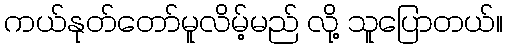
ကယ်နုတ်တော်မူလိမ့်မည် လို့ သူပြောတယ်။